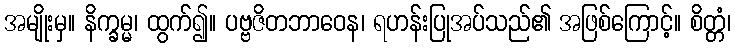
အမျိုးမှ။ နိက္ခမ္မ၊ ထွက်၍။ ပဗ္ဗဇိတဘာဝေန၊ ရဟန်းပြုအပ်သည်၏ အဖြစ်ကြောင့်။ စိတ္တံ၊